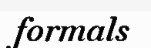
formals